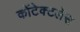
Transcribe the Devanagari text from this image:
कोंटेक्टलेस